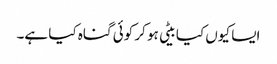
ایسا کیوں کیا بیٹی ہو کر کوئی گناہ کیا ہے۔